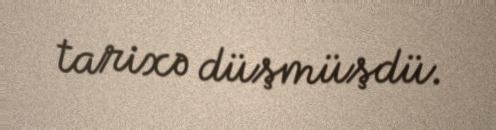
tarixə düşmüşdü.